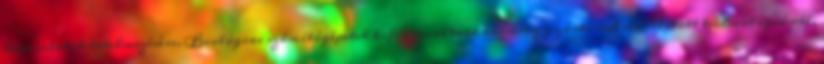
kapcsolatok értelmezésére. Biológiai számítógépetek kifinomultabb bármely gyártással előállított technológiánál,